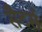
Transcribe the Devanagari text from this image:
सैटर्स